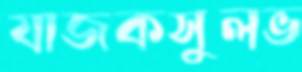
যাজকসুলভ